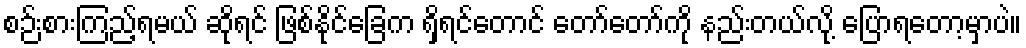
စဉ်းစားကြည့်ရမယ် ဆိုရင် ဖြစ်နိုင်ခြေက ရှိရင်တောင် တော်တော်ကို နည်းတယ်လို့ ပြောရတော့မှာပဲ။